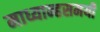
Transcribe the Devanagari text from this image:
माध्यान्हसमयी